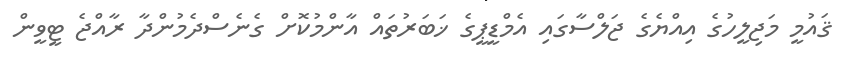
ޤައުމީ މަޖިލީހުގެ އިއްޔެގެ ޖަލްސާގައި އެމްޑީޕީގެ ޚަބަރުތައް އާންމުކޮށް ގެނެސްދެމުންދާ ރާއްޖެ ޓީވީން